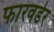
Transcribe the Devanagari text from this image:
फारवर्डर